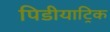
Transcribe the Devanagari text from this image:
पिडीयाट्रिक